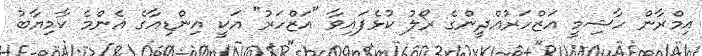
އިމްރާން ހާޝިމީ އަޒްހަރުއްދީންގެ ރޯލު ކުޅެފައިވާ "އަޒްހަރު" އަކީ އިންޑިއާގެ އެންމެ ކާމިޔާބު